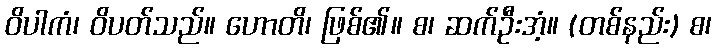
ဝိပါကံ၊ ဝိပတ်သည်။ ဟောတိ၊ ဖြစ်၏။ စ၊ ဆက်ဦးအံ့။ (တစ်နည်း) စ၊